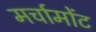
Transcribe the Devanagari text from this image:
मर्चामोंट